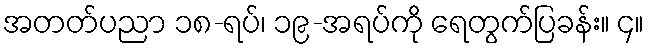
အတတ်ပညာ ၁၈-ရပ်၊ ၁၉-အရပ်ကို ရေတွက်ပြခန်း။ ၄။